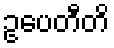
ဥပေတီတိ